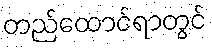
တည်ထောင်ရာတွင်